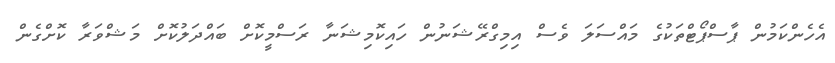
އެހެންކަމުން ޕާސްޕޯޓްތަކުގެ މައްސަލަ ވެސް އިމިގްރޭޝަނުން ހައިކޮމިޝަނާ ރަސްމީކޮށް ބައްދަލުކޮށް މަޝްވަރާ ކޮށްގެން